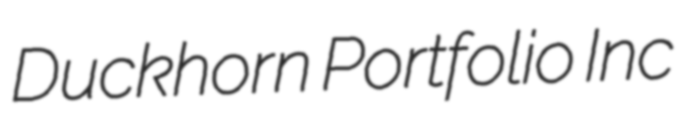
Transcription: Duckhorn Portfolio Inc